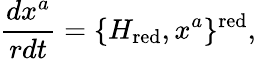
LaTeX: \frac{dx^{a}}{rdt}=\{ H_{\mathrm{red}},x^{a}\} ^{\mathrm{red}},